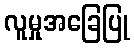
လူမှုအခြေပြု